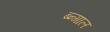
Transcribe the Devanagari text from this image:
ब्न्गाल